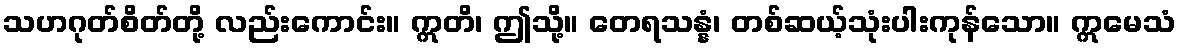
သဟဂုတ်စိတ်တို့ လည်းကောင်း။ ဣတိ၊ ဤသို့။ တေရသန္နံ၊ တစ်ဆယ့်သုံးပါးကုန်သော။ ဣမေသံ